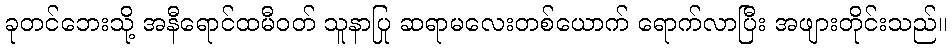
ခုတင်ဘေးသို့ အနီရောင်ထမီဝတ် သူနာပြု ဆရာမလေးတစ်ယောက် ရောက်လာပြီး အဖျားတိုင်းသည်။